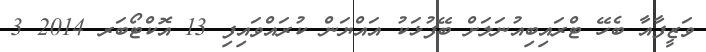
ވަޒީފާއާ ބެހޭ ޓްރައިބިއުނަލަށް ބޭފުޅަކު އައްޔަން ކުރައްވައިފި 13 އޮކްޓޯބަރ 2014 3